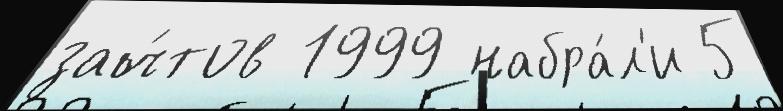
зач́тов 1999 набра́л'и 5